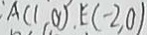
A ( 1 , 0 ) , E ( - 2 , 0 )